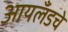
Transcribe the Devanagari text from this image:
आयलँडचे